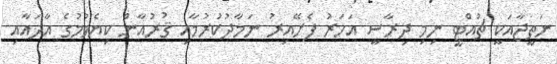
ނަތީޖާއަކީ ޗުއްޓީ ނިމި ދިރާސީ އަހަރު ފެށޭއިރު ނަމާދުކުރުމާއި ޤުރުއާން ކިޔެވުމުގެ އާދައާއި